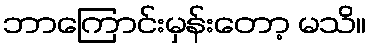
ဘာကြောင်းမှန်းတော့ မသိ။